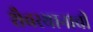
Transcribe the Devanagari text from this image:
शैवस्थानाची